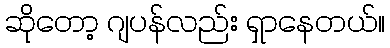
ဆိုတော့ ဂျပန်လည်း ရှာနေတယ်။